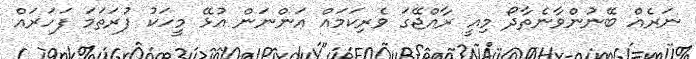
ނަރެެއް ބޭނުންވާނެތާދޯ މިއީ ރާއްޖޭގަ ވެރިކަމައް އަންނަން އުޅޭ މީހަކު ފުރަތަމަ ފަހަރައް